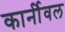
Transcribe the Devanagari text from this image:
कार्नीवल